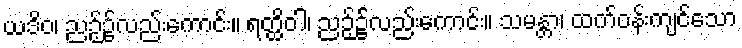
ယဒိဝ၊ ညဉ့်၌လည်းကောင်း။ ရတ္ထိဝါ၊ ညဉ့်၌လည်းကောင်း။ သမန္တာ၊ ထက်ဝန်းကျင်သော